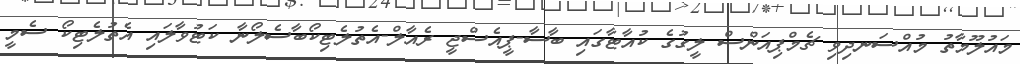
މައުލޫމާތު މުއްސަނދިވި ޗެމްޕިއަންސް ލީގުގެ ކުއާޓާގައި ބާސާ-ޕީއެސްޖީ ރެއާލް-އެތުލެޓިކޯބާސެލޯނާ ކަޓުވާލައި އެތުލެޓިކޯ ސެމީ